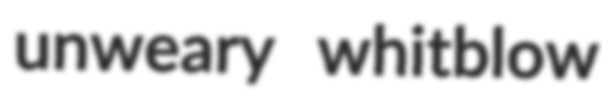
unweary whitblow